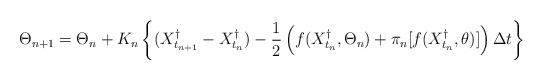
LaTeX: \begin{align*} \Theta_{n+1} = \Theta_n + K_n \left\{ (X_{t_{n+1}}^\dagger - X_{t_n}^\dagger) - \frac{1}{2} \left( f(X_{t_n}^\dagger,\Theta_n ) + \pi_n[f(X^\dagger_{t_n},\theta)] \right)\Delta t \right\} \end{align*}